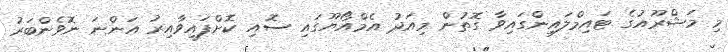
މި މަޝްރޫއުގެ ޓައިމްލައިންގައިވާ ގޮތުން މިއަދު އެމްއޯޔޫގައި ސޮއި ކޮށްފައިވާއިރު އަންނަ ނޮވެންބަރު